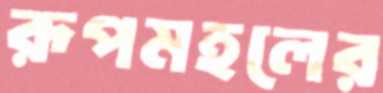
রূপমহলের